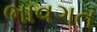
ભાવગત